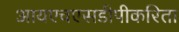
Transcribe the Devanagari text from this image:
आयएचएसडीपीकरिता